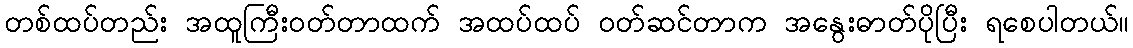
တစ်ထပ်တည်း အထူကြီးဝတ်တာထက် အထပ်ထပ် ဝတ်ဆင်တာက အနွေးဓာတ်ပိုပြီး ရစေပါတယ်။